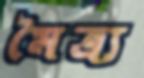
মৈত্র্য